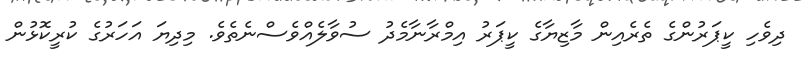
ދިވެހި ކީޕަރުންގެ ތެރެއިން މާޒިޔާގެ ކީޕަރު އިމްރާނާމެދު ސުވާލެއްވެސްނެތެވެ. މިދިޔަ އަހަރުގެ ކުރީކޮޅުން